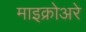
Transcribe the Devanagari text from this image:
माइक्रोअरे